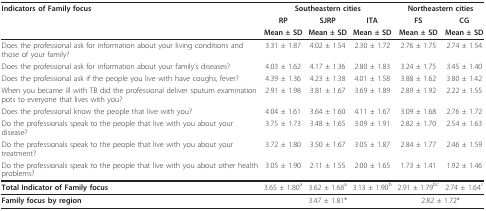
<table><thead><tr><td><b>Indicators of Family focus</b></td><td colspan="3"><b>Southeastern cities</b></td><td colspan="2"><b>Northeastern cities</b></td></tr><tr><td></td><td><b>RP</b></td><td><b>SJRP</b></td><td><b>ITA</b></td><td><b>FS</b></td><td><b>CG</b></td></tr><tr><td></td><td><b>Mean ± SD</b></td><td><b>Mean ± SD</b></td><td><b>Mean ± SD</b></td><td><b>Mean ± SD</b></td><td><b>Mean ± SD</b></td></tr></thead><tbody><tr><td>Does the professional ask for information about your living conditions and those of your family?</td><td>3.31 ± 1.87</td><td>4.02 ± 1.54</td><td>2.30 ± 1.72</td><td>2.76 ± 1.75</td><td>2.74 ± 1.54</td></tr><tr><td>Does the professional ask for information about your family&#x27;s diseases?</td><td>4.03 ± 1.62</td><td>4.17 ± 1.36</td><td>2.80 ± 1.83</td><td>3.24 ± 1.75</td><td>3.45 ± 1.40</td></tr><tr><td>Does the professional ask if the people you live with have coughs, fever?</td><td>4.39 ± 1.36</td><td>4.23 ± 1.38</td><td>4.01 ± 1.58</td><td>3.88 ± 1.62</td><td>3.80 ± 1.42</td></tr><tr><td>When you became ill with TB did the professional deliver sputum examination pots to everyone that lives with you?</td><td>2.91 ± 1.98</td><td>3.81 ± 1.67</td><td>3.69 ± 1.89</td><td>2.89 ± 1.92</td><td>2.22 ± 1.55</td></tr><tr><td>Does the professional know the people that live with you?</td><td>4.04 ± 1.61</td><td>3.64 ± 1.60</td><td>4.11 ± 1.67</td><td>3.09 ± 1.68</td><td>2.76 ± 1.72</td></tr><tr><td>Do the professionals speak to the people that live with you about your disease?</td><td>3.75 ± 1.73</td><td>3.48 ± 1.65</td><td>3.09 ± 1.91</td><td>2.82 ± 1.70</td><td>2.54 ± 1.63</td></tr><tr><td>Do the professionals speak to the people that live with you about your treatment?</td><td>3.72 ± 1.80</td><td>3.50 ± 1.67</td><td>3.05 ± 1.87</td><td>2.84 ± 1.77</td><td>2.46 ± 1.59</td></tr><tr><td>Do the professionals speak to the people that live with you about other health problems?</td><td>3.05 ± 1.90</td><td>2.11 ± 1.55</td><td>2.00 ± 1.65</td><td>1.73 ± 1.41</td><td>1.92 ± 1.46</td></tr><tr><td><b>Total Indicator of Family focus</b></td><td>3.65 ± 1.80<sup>a</sup></td><td>3.62 ± 1.68<sup>a</sup></td><td>3.13 ± 1.90<sup>b</sup></td><td>2.91 ± 1.79<sup>bc</sup></td><td>2.74 ± 1.64<sup>c</sup></td></tr><tr><td><b>Family focus by region</b></td><td colspan="3">3.47 ± 1.81*</td><td colspan="2">2.82 ± 1.72*</td></tr></tbody></table>